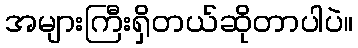
အများကြီးရှိတယ်ဆိုတာပါပဲ။